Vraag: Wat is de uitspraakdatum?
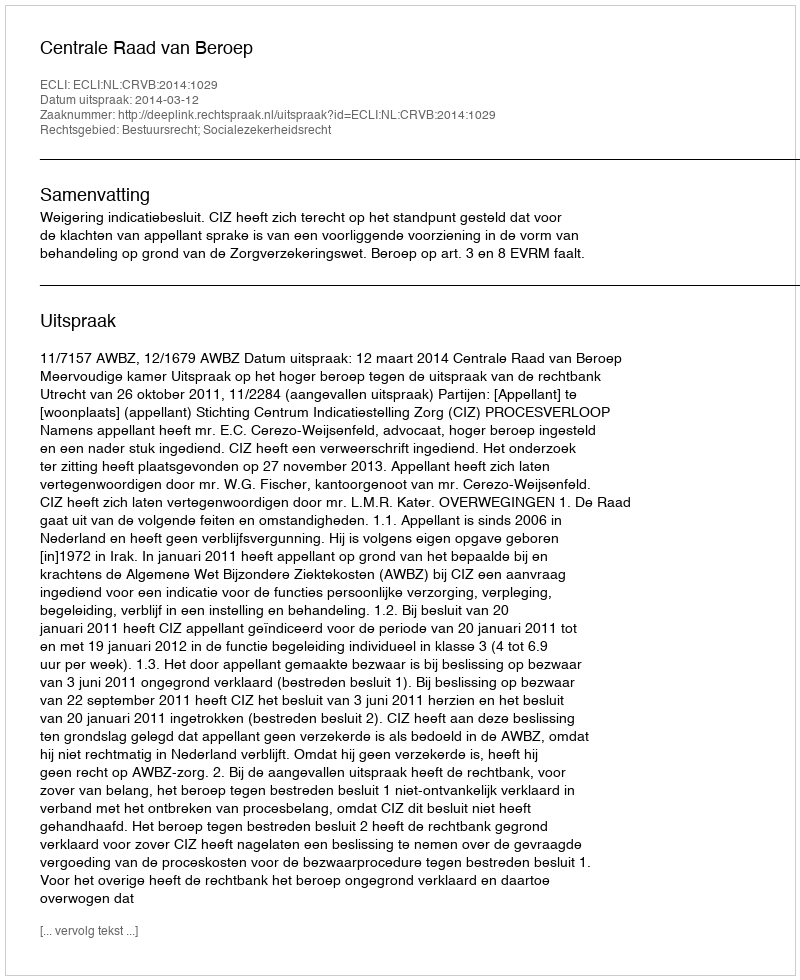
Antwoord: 2014-03-12